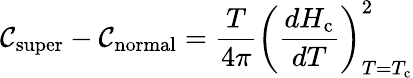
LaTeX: \mathcal{C}_{\mathrm{{super}}}-\mathcal{C}_{\mathrm{{normal}}}={\frac{{T}}{{4\pi}}}\left({\frac{{dH_{\mathrm{{c}}}}}{{dT}}}\right)_{T=T_{\mathrm{{c}}}}^{2}